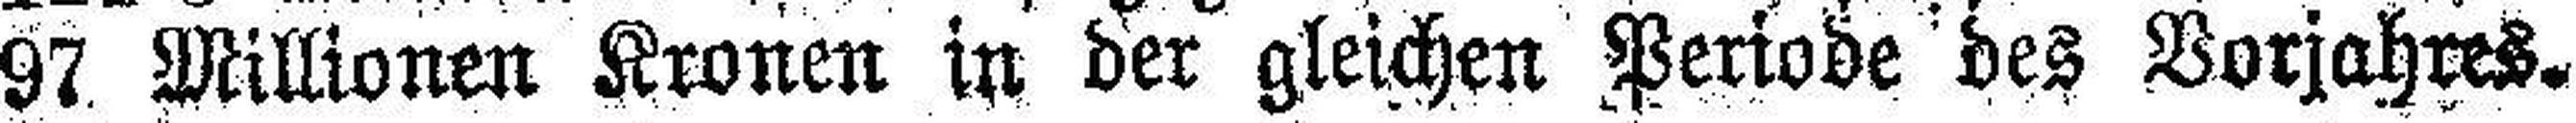
97 Millionen Kronen in der gleichen Periode des Vorjahres.